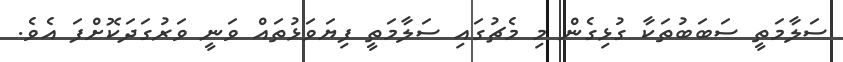
ސަލާމަތީ ސަބަބުތަކާ ގުޅިގެން މި މެޗުގައި ސަލާމަތީ ފިޔަވަޅުތައް ވަނީ ވަރުގަދަކޮށްފަ އެވެ.